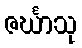
ဇင်္ဃာသု